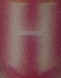
H